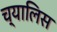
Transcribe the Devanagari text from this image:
च्यालिस